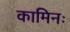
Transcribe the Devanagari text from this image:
कामिनः